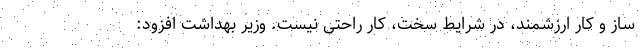
ساز و کار ارزشمند، در شرایط سخت، کار راحتی نیست. وزیر بهداشت افزود: